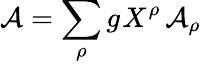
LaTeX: \mathcal{A}=\sum_{\rho}g_{\sf}{X}^{\rho}\, \mathcal{A}_{\rho}